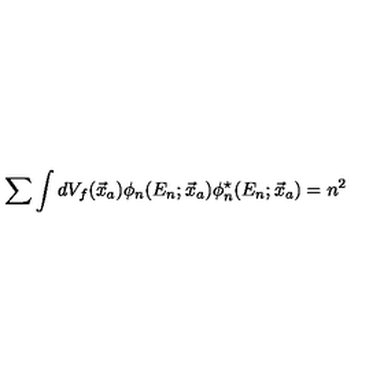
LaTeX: \sum \int d V _ { f } ( \vec { x } _ { a } ) \phi _ { n } ( E _ { n } ; \vec { x } _ { a } ) \phi _ { n } ^ { \star } ( E _ { n } ; \vec { x } _ { a } ) = n ^ { 2 }